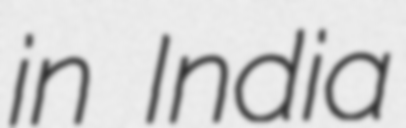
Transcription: in India